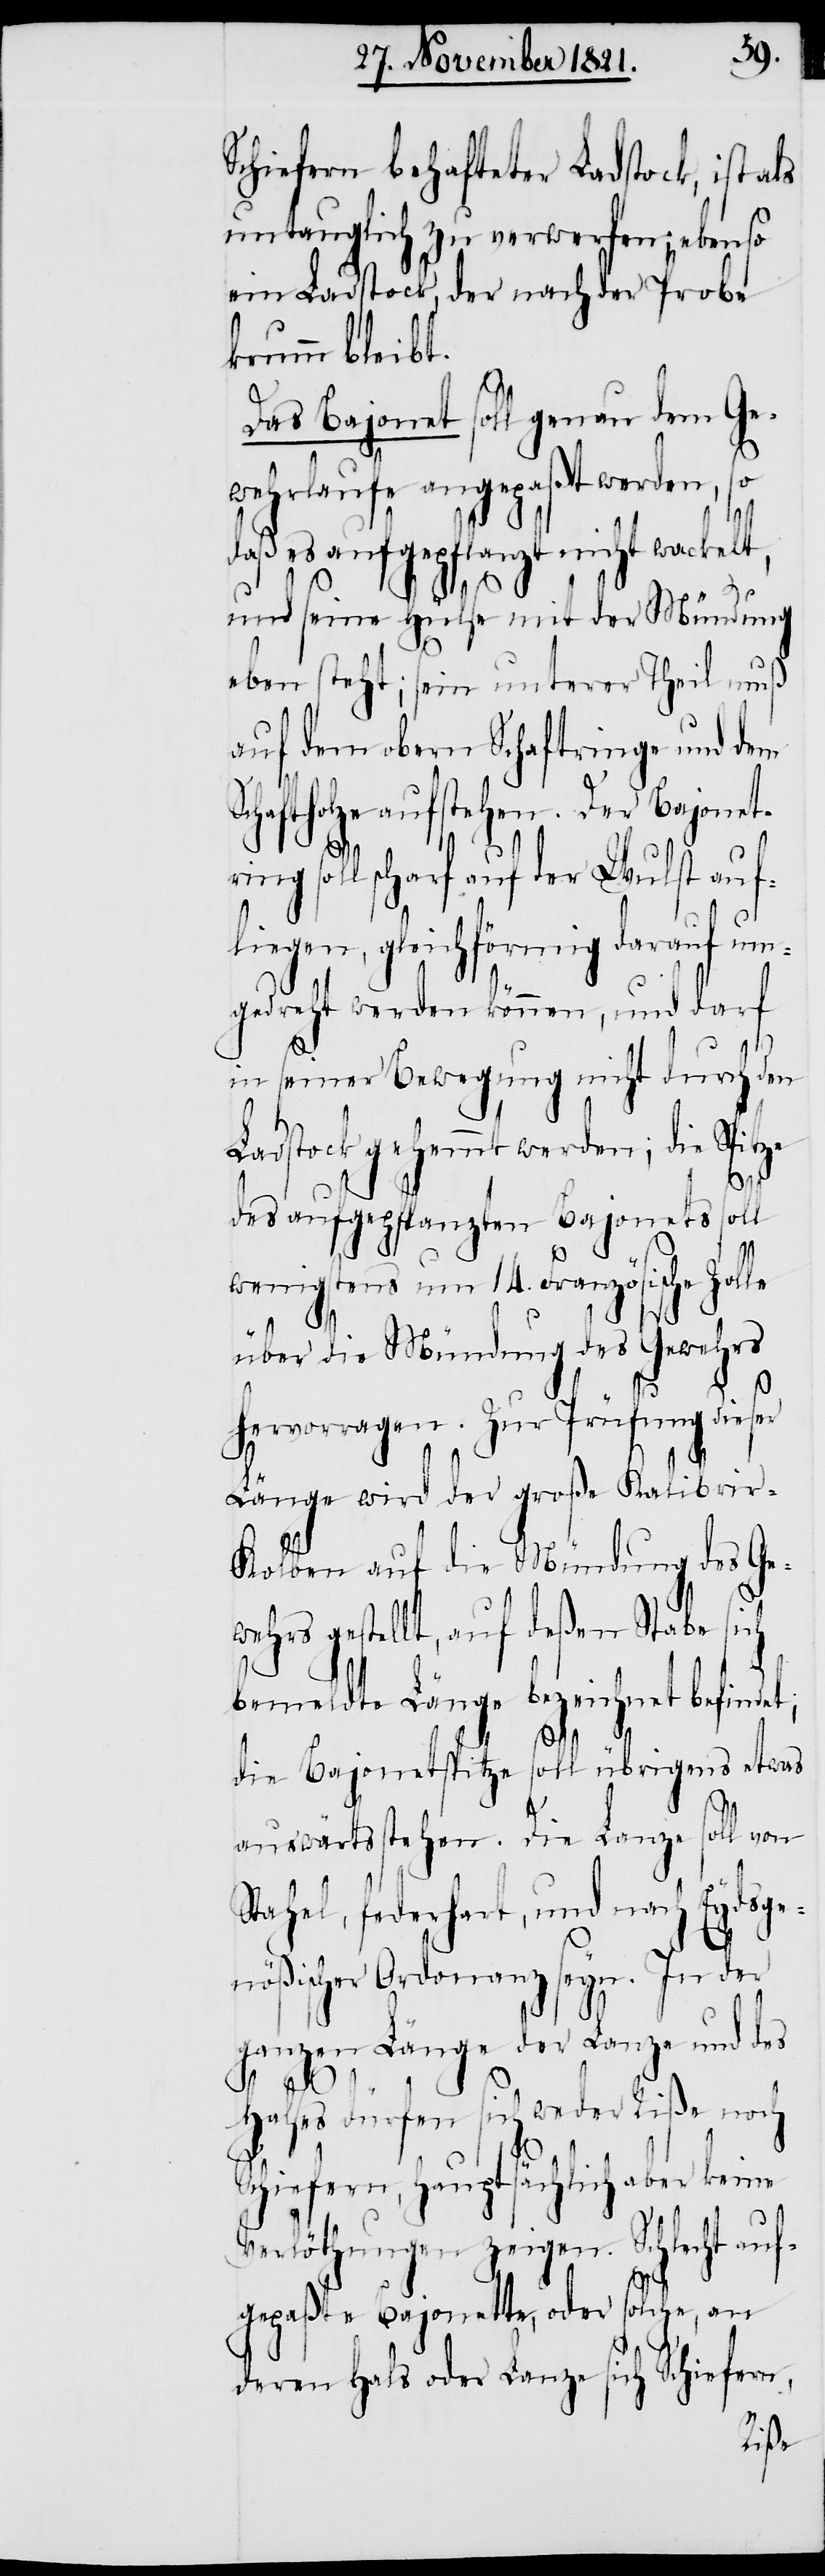
Schiefern behafteter Ladstock, ist als
untauglich zu verwerfen; ebenso
ein Ladstock, der nach der Probe
krumm bleibt.
Das Bajonet soll genau dem Ge¬
wehrlaufe angepaßt werden, so
daß es aufgepflanzt nicht wackelt,
und seine Hülse mit der Mündung
oben steht; sein unterer Theil muß
auf dem obern Schaftringe und dem
chaftholze aufstehen. Der Bajonet¬
soll scharf auf der Wulst auf¬
liegen, gleichförmig darauf um¬
gedreht werden können, und darf
in seiner Bewegung nicht durch den
Ladstock gehemmt werden; die Spitze
des aufgepflanzten Bajonets soll
wenigstens um 14. Französische Zolle
S¬
über die Mündung des Gewehrs
hervorragen. Zur Prüfung dieser
Länge wird der große Kalibrir-K¬
olben auf die Mündung des Ge¬
gestellt, auf deßen Stabe si¬
bemeldte Länge bezeichnet befindet;
ch
die Bajonetspitze soll übrigens etwas
auswärts stehen. Die Lanze soll von
Stahel, federhart, und nach Eydsge¬
nößischer Ordonanz seyn. In der
ganzen Länge der Lanze und des
Halses dürfen sich weder Riße noch
chiefern, hauptsächlich aber
Verlöthungen zeigen. Schlecht a¬
ufgepaßte Bajonette, oder solche, an
deren Hals oder Lanze sich Schiefern,